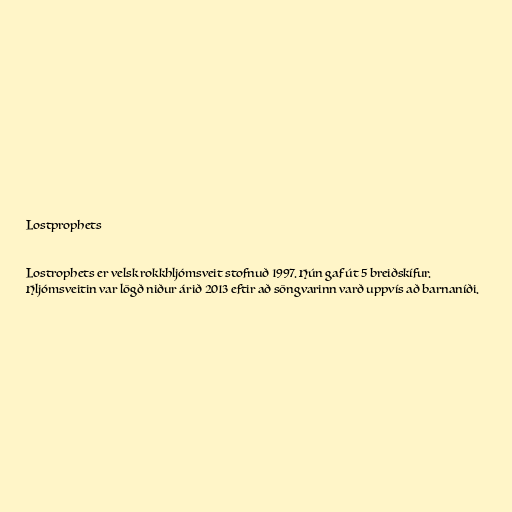
Lostprophets

Lostrophets er velsk rokkhljómsveit stofnuð 1997. Hún gaf út 5 breiðskífur.
Hljómsveitin var lögð niður árið 2013 eftir að söngvarinn varð uppvís að barnaníði.